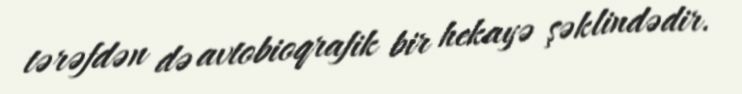
tərəfdən də avtobioqrafik bir hekayə şəklindədir.